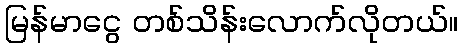
မြန်မာငွေ တစ်သိန်းလောက်လိုတယ်။